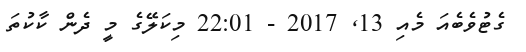
ގެޓުވެބެއަ މެއި 13